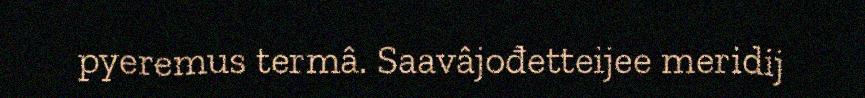
pyeremus termâ. Saavâjođetteijee meridij